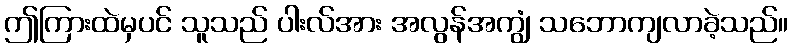
ဤကြားထဲမှပင် သူသည် ပါးလ်အား အလွန်အကျွံ သဘောကျလာခဲ့သည်။